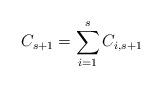
LaTeX: \begin{align*}C_{s+1} = \sum_{i=1}^s C_{i,s+1}\end{align*}